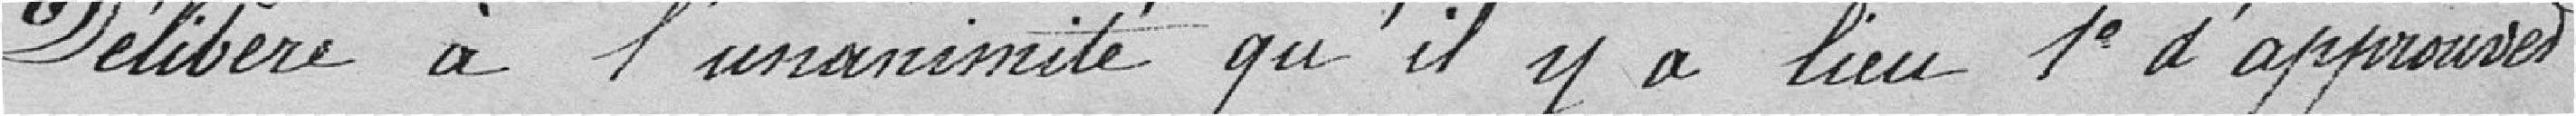
Délibère à l'unanimité qu'il y a lieu 1° d'approuver